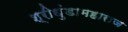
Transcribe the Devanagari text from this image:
श्रीधुंडामहाराज